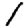
Digit: 1